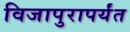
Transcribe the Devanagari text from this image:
विजापुरापर्यंत